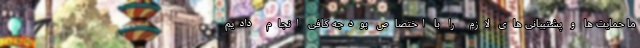
ما حمایت ها و پشتیبانی های لازم را با اختصاص بودجه کافی انجام دادیم